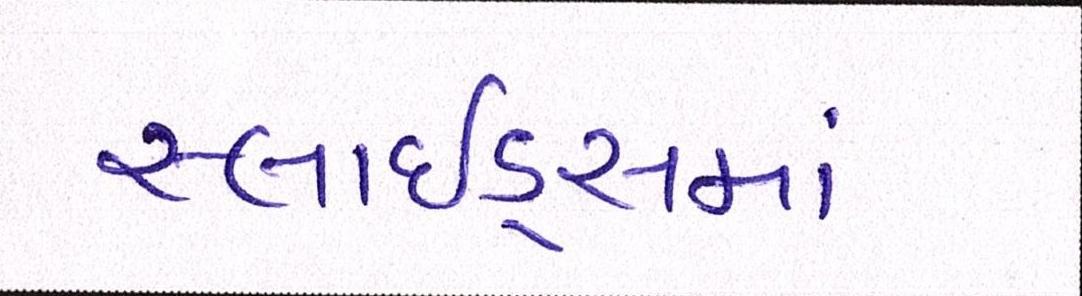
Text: સ્લાઇડ્સમાં